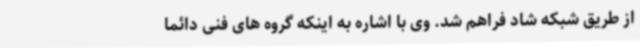
از طریق شبکه شاد فراهم شد. وی با اشاره به اینکه گروه های فنی دائما